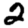
Digit: 2